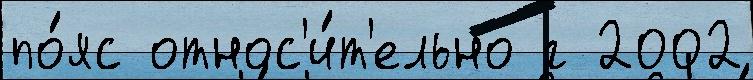
по́яс относ'и́т'ельно г 2002